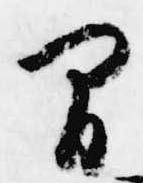
間